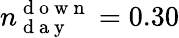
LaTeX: n_{\mathrm{~d~a~y~}}^{\mathrm{~d~o~w~n~}}=0.30